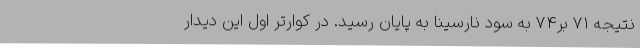
نتیجه 71 بر74 به سود نارسینا به پایان رسید. در کوارتر اول این دیدار